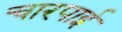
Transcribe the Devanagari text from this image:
चारपार्इ